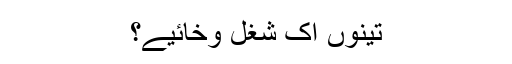
تینوں اک شغل وخائیے؟